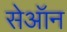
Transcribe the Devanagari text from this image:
सेऑन